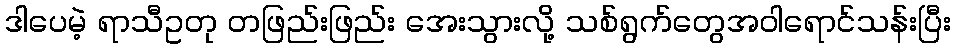
ဒါပေမဲ့ ရာသီဥတု တဖြည်းဖြည်း အေးသွားလို့ သစ်ရွက်တွေအဝါရောင်သန်းပြီး